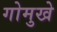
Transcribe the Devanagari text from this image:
गोमुखे